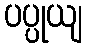
ပပ္ပုယျ